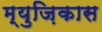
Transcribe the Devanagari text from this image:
म्युज़िकास